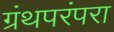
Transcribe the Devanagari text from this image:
ग्रंथपरंपरा